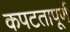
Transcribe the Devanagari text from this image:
कपटतापूर्ण